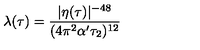
\lambda ( \tau ) = { \frac { | \eta ( \tau ) | ^ { - 4 8 } } { ( 4 \pi ^ { 2 } \alpha ^ { \prime } \tau _ { 2 } ) ^ { 1 2 } } }